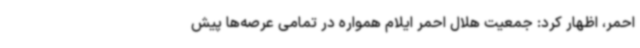
احمر، اظهار کرد: جمعیت هلال احمر ایلام همواره در تمامی عرصه‌ها پیش